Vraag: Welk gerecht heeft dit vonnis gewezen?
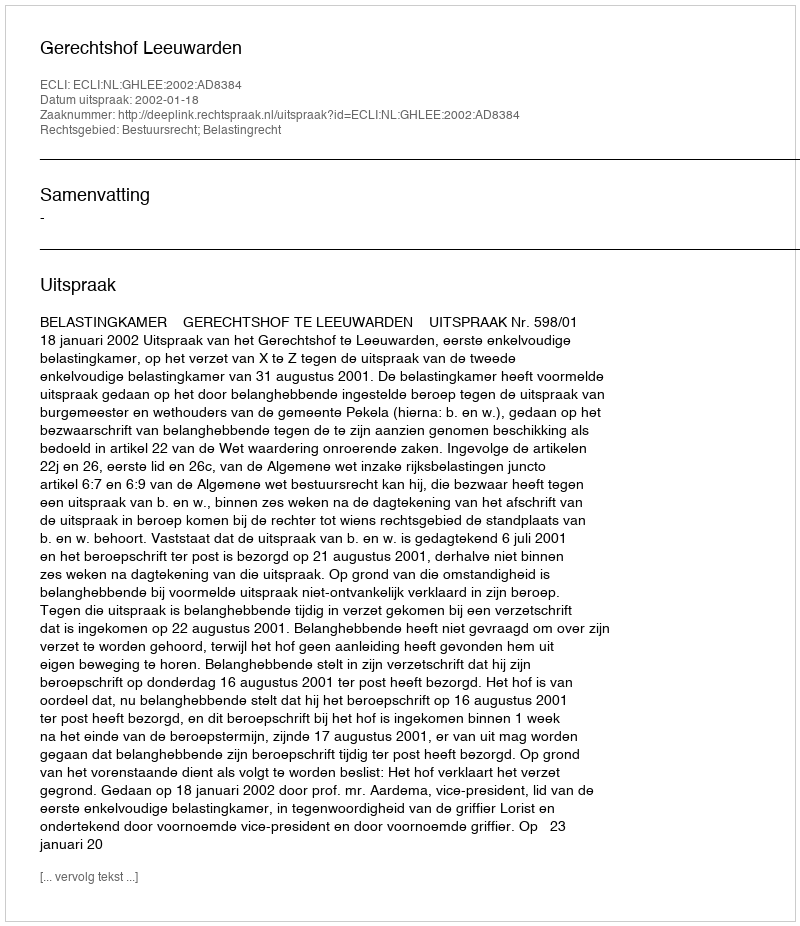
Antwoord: Gerechtshof Leeuwarden